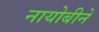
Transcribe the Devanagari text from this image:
नायोबीने